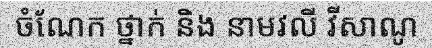
ចំណែក ថ្នាក់ និង នាមវលី វីសាណូ